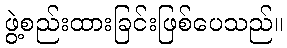
ဖွဲ့စည်းထားခြင်းဖြစ်ပေသည်။